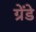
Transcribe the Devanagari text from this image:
ग्रेंडे